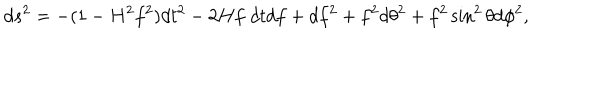
d s ^ { 2 } = - ( 1 - H ^ { 2 } f ^ { 2 } ) d t ^ { 2 } - 2 H f \; d t d f + d f ^ { 2 } + f ^ { 2 } d \theta ^ { 2 } + f ^ { 2 } \sin ^ { 2 } \theta d \phi ^ { 2 } ,